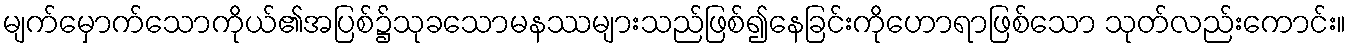
မျက်မှောက်သောကိုယ်၏အပြစ်၌သုခသောမနဿများသည်ဖြစ်၍နေခြင်းကိုဟောရာဖြစ်သော သုတ်လည်းကောင်း။